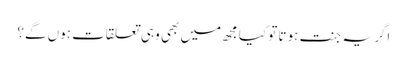
اگر یہ جنت ہوتا تو کیا مجھ میں بھی وہی تعلقات ہوں گے؟